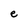
Character: e